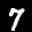
Label: 7